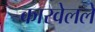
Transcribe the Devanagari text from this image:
कारवेलले